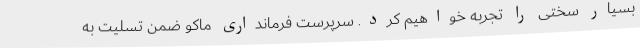
بسیار سختی را تجربه خواهیم کرد. سرپرست فرمانداری ماکو ضمن تسلیت به